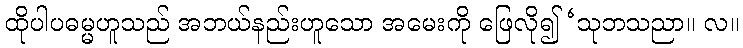
ထိုပါပဓမ္မဟူသည် အဘယ်နည်းဟူသော အမေးကို ဖြေလို၍ ‘သုဘသညာ။ လ။